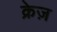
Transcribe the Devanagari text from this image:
क्रेज़